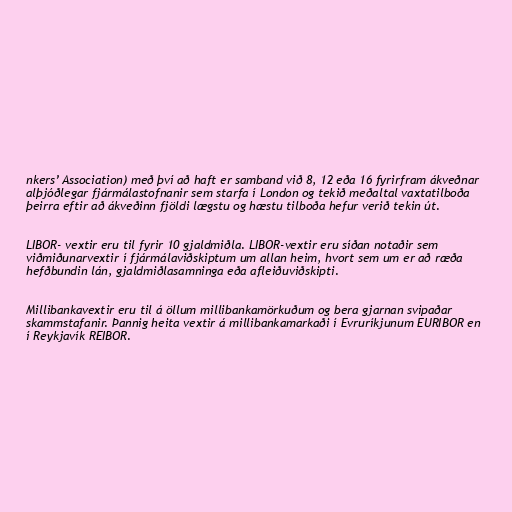
nkers’ Association) með því að haft er samband við 8, 12 eða 16 fyrirfram ákveðnar
alþjóðlegar fjármálastofnanir sem starfa í London og tekið meðaltal vaxtatilboða
þeirra eftir að ákveðinn fjöldi lægstu og hæstu tilboða hefur verið tekin út.

LIBOR- vextir eru til fyrir 10 gjaldmiðla. LIBOR-vextir eru síðan notaðir sem
viðmiðunarvextir í fjármálaviðskiptum um allan heim, hvort sem um er að ræða
hefðbundin lán, gjaldmiðlasamninga eða afleiðuviðskipti.

Millibankavextir eru til á öllum millibankamörkuðum og bera gjarnan svipaðar
skammstafanir. Þannig heita vextir á millibankamarkaði í Evruríkjunum EURIBOR en
í Reykjavík REIBOR.